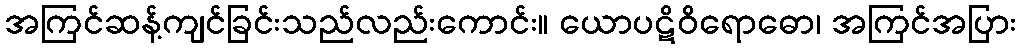
အကြင်ဆန့်ကျင်ခြင်းသည်လည်းကောင်း။ ယောပဋိဝိရောဓော၊ အကြင်အပြား